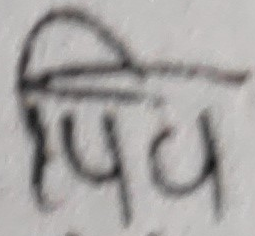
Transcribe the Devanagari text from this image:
पिय